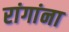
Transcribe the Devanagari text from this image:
रांगांना